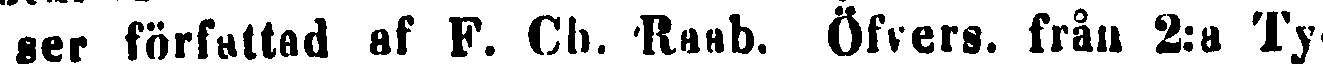
ser författad af F. Ch. Raab. Öfvers. från 2:a Ty